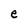
Character: e